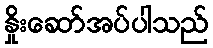
နှိုးဆော်အပ်ပါသည်